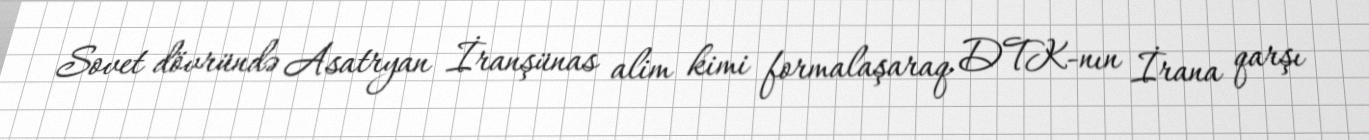
Sovet dövründə Asatryan İranşünas alim kimi formalaşaraq DTK-nın İrana qarşı